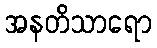
အနတိသာရော